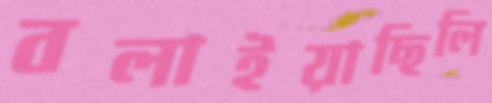
বলাইয়াছিলি